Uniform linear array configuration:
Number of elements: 4
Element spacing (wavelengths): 0.75
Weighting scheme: exponential
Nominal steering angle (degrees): -60
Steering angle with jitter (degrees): -60.389
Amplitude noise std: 0.05
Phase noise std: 0.05

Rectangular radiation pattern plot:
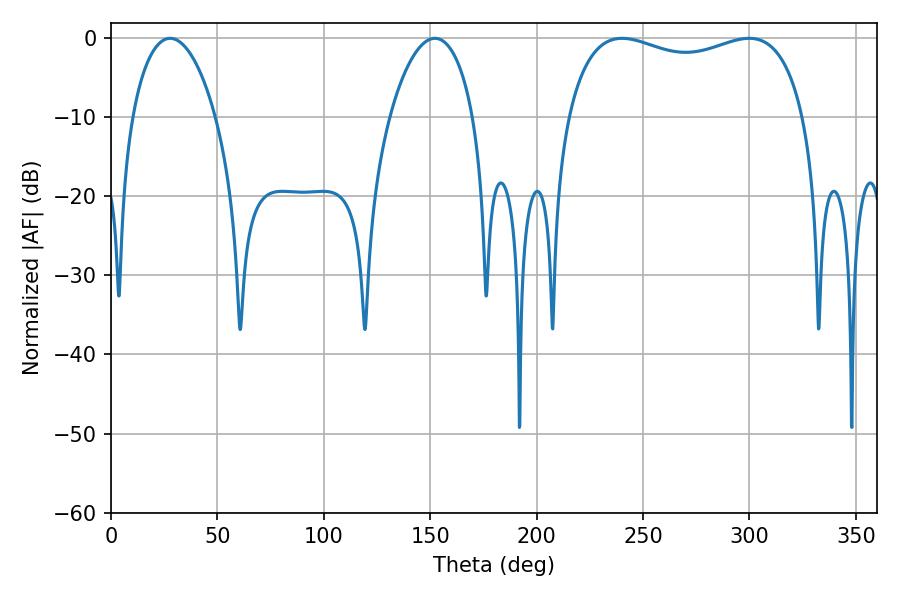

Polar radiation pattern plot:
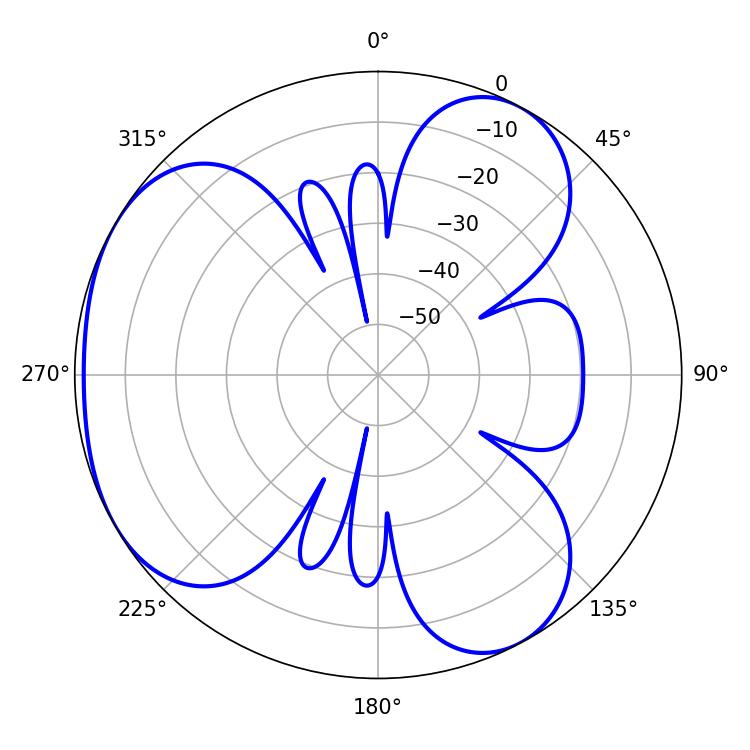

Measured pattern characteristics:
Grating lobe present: TRUE
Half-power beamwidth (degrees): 91.44
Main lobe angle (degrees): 240.12